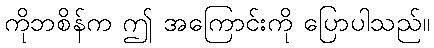
ကိုဘစိန်က ဤ အကြောင်းကို ပြောပါသည်။